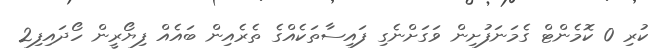
ކުރި 0 ކޮމެންޓް ގެމަނަފުށިން ވަގަށްނެގި ފައިސާތަކެއްގެ ތެރެއިން ބައެއް ފިޔޯރީން ހޯދައިފި2